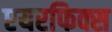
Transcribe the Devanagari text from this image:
एयरफिक्स